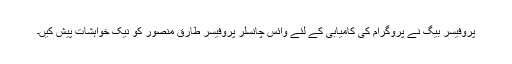
پروفیسر بیگ نے پروگرام کی کامیابی کے لئے وائس چانسلر پروفیسر طارق منصور کو نیک خواہشات پیش کیں۔